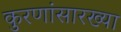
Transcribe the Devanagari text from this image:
कुरणांसारख्या